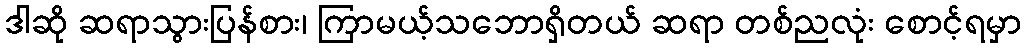
ဒါဆို ဆရာသွားပြန်စား၊ ကြာမယ့်သဘောရှိတယ် ဆရာ တစ်ညလုံး စောင့်ရမှာ